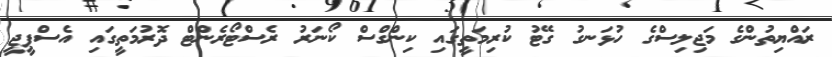
ރައްޔިތުންގެ މަޖިލިސްގެ ހުޅަނގު ގޭޓު ކުރިމަތީގައި ކިންގްސް ކޯނަރު ރެސްޓޯރެންޓް ދޮރުމަތީގައި އެސްޕީޖީ